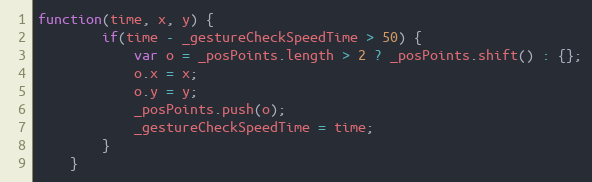
Language: JavaScript
function(time, x, y) {
		if(time - _gestureCheckSpeedTime > 50) {
			var o = _posPoints.length > 2 ? _posPoints.shift() : {};
			o.x = x;
			o.y = y;
			_posPoints.push(o);
			_gestureCheckSpeedTime = time;
		}
	}